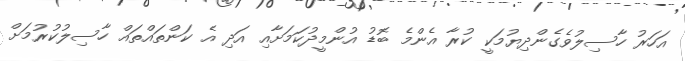
އަހަރު ހާސިލުވެގެންދިޔުމަކީ ކުރާ އެންމެ ބޮޑު އުންމީދުކަމަށާއި އަދި އެ ކަންތައްތައް ހާސިލުކުރުމަށް